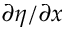
\partial \eta / \partial x